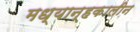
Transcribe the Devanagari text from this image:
मध्यान्हकालीन